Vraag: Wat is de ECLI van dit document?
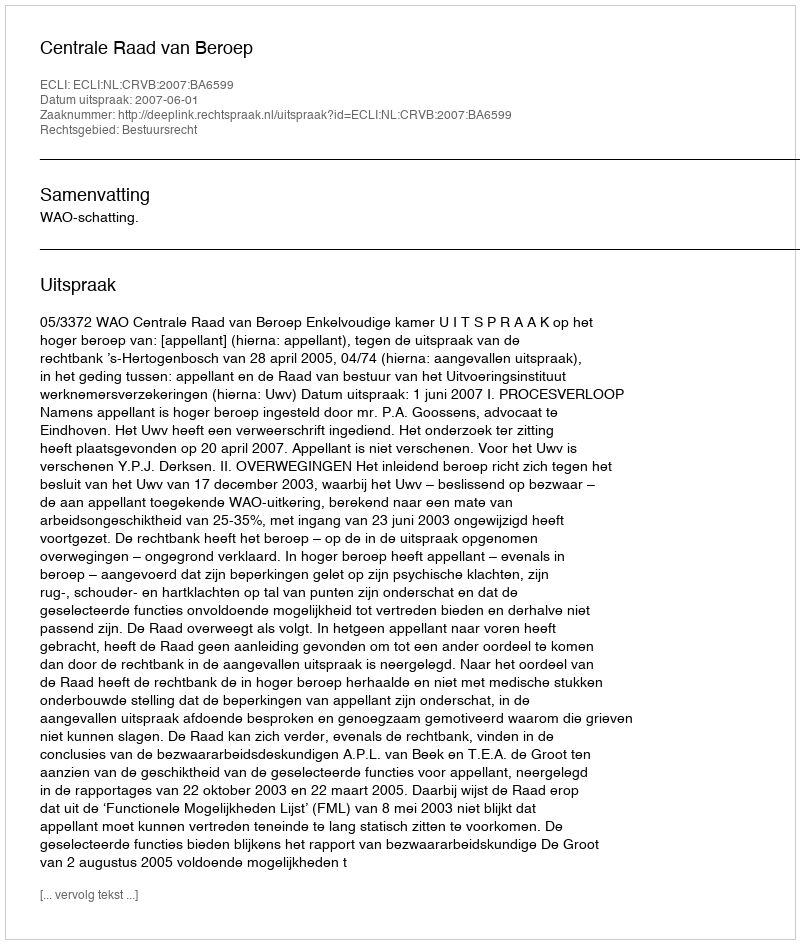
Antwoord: ECLI:NL:CRVB:2007:BA6599